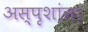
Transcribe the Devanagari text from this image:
अस्पृशांना